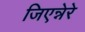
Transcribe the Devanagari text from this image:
जिएन्नेरे